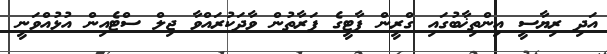
އަދި ރިޔާސީ އިންތިޚާބުގައި ގްރީން ޕާޓީގެ ފަރާތުން ވާދަކުރައްވާ ޖިލް ސްޓެއިން އުޅުއްވަނީ